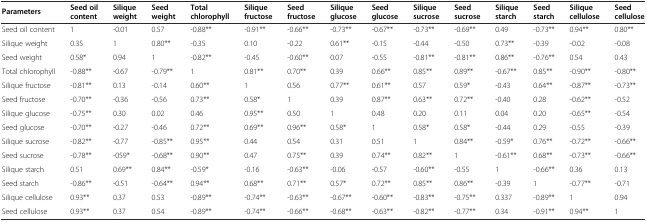
<table><thead><tr><td><b>Parameters</b></td><td><b>Seed oil content</b></td><td><b>Silique weight</b></td><td><b>Seed weight</b></td><td><b>Total chlorophyll</b></td><td><b>Silique fructose</b></td><td><b>Seed fructose</b></td><td><b>Silique glucose</b></td><td><b>Seed glucose</b></td><td><b>Silique sucrose</b></td><td><b>Seed sucrose</b></td><td><b>Silique starch</b></td><td><b>Seed starch</b></td><td><b>Silique cellulose</b></td><td><b>Seed cellulose</b></td></tr></thead><tbody><tr><td>Seed oil content</td><td>1</td><td>-0.01</td><td>0.57</td><td>-0.88**</td><td>-0.91**</td><td>-0.66**</td><td>-0.73**</td><td>-0.67**</td><td>-0.73**</td><td>-0.69**</td><td>0.49</td><td>-0.73**</td><td>0.94**</td><td>0.80**</td></tr><tr><td>Silique weight</td><td>0.35</td><td>1</td><td>0.80**</td><td>-0.35</td><td>0.10</td><td>-0.22</td><td>0.61**</td><td>-0.15</td><td>-0.44</td><td>-0.50</td><td>0.73**</td><td>-0.39</td><td>-0.02</td><td>-0.08</td></tr><tr><td>Seed weight</td><td>0.58*</td><td>0.94</td><td>1</td><td>-0.82**</td><td>-0.45</td><td>-0.60**</td><td>0.07</td><td>-0.55</td><td>-0.81**</td><td>-0.81**</td><td>0.86**</td><td>-0.76**</td><td>0.54</td><td>0.43</td></tr><tr><td>Total chlorophyll</td><td>-0.88**</td><td>-0.67</td><td>-0.79**</td><td>1</td><td>0.81**</td><td>0.70**</td><td>0.39</td><td>0.66**</td><td>0.85**</td><td>0.89**</td><td>-0.67**</td><td>0.85**</td><td>-0.90**</td><td>-0.80**</td></tr><tr><td>Silique fructose</td><td>-0.81**</td><td>0.13</td><td>-0.14</td><td>0.60**</td><td>1</td><td>0.56</td><td>0.77**</td><td>0.61**</td><td>0.57</td><td>0.59*</td><td>-0.43</td><td>0.64**</td><td>-0.87**</td><td>-0.73**</td></tr><tr><td>Seed fructose</td><td>-0.70**</td><td>-0.36</td><td>-0.56</td><td>0.73**</td><td>0.58*</td><td>1</td><td>0.39</td><td>0.87**</td><td>0.63**</td><td>0.72**</td><td>-0.40</td><td>0.28</td><td>-0.62**</td><td>-0.52</td></tr><tr><td>Silique glucose</td><td>-0.75**</td><td>0.30</td><td>0.02</td><td>0.46</td><td>0.95**</td><td>0.50</td><td>1</td><td>0.48</td><td>0.20</td><td>0.11</td><td>0.04</td><td>0.20</td><td>-0.65**</td><td>-0.54</td></tr><tr><td>Seed glucose</td><td>-0.70**</td><td>-0.27</td><td>-0.46</td><td>0.72**</td><td>0.69**</td><td>0.96**</td><td>0.58*</td><td>1</td><td>0.58*</td><td>0.58*</td><td>-0.44</td><td>0.29</td><td>-0.55</td><td>-0.39</td></tr><tr><td>Silique sucrose</td><td>-0.82**</td><td>-0.77</td><td>-0.85**</td><td>0.95**</td><td>0.44</td><td>0.54</td><td>0.31</td><td>0.51</td><td>1</td><td>0.84**</td><td>-0.59*</td><td>0.76**</td><td>-0.72**</td><td>-0.66**</td></tr><tr><td>Seed sucrose</td><td>-0.78**</td><td>-059*</td><td>-0.68**</td><td>0.90**</td><td>0.47</td><td>0.75**</td><td>0.39</td><td>0.74**</td><td>0.82**</td><td>1</td><td>-0.61**</td><td>0.68**</td><td>-0.73**</td><td>-0.66**</td></tr><tr><td>Silique starch</td><td>0.51</td><td>0.69**</td><td>0.84**</td><td>-0.59*</td><td>-0.16</td><td>-0.63**</td><td>-0.06</td><td>-0.57</td><td>-0.60**</td><td>-0.55</td><td>1</td><td>-0.66**</td><td>0.36</td><td>0.13</td></tr><tr><td>Seed starch</td><td>-0.86**</td><td>-0.51</td><td>-0.64**</td><td>0.94**</td><td>0.68**</td><td>0.71**</td><td>0.57*</td><td>0.72**</td><td>0.85**</td><td>0.86**</td><td>-0.39</td><td>1</td><td>-0.77**</td><td>-0.71</td></tr><tr><td>Silique cellulose</td><td>0.93**</td><td>0.37</td><td>0.53</td><td>-0.89**</td><td>-0.74**</td><td>-0.63**</td><td>-0.67**</td><td>-0.60**</td><td>-0.83**</td><td>-0.75**</td><td>0.337</td><td>-0.89**</td><td>1</td><td>0.94</td></tr><tr><td>Seed cellulose</td><td>0.93**</td><td>0.37</td><td>0.54</td><td>-0.89**</td><td>-0.74**</td><td>-0.66**</td><td>-0.68**</td><td>-0.63**</td><td>-0.82**</td><td>-0.77**</td><td>0.34</td><td>-0.91**</td><td>0.94**</td><td>1</td></tr></tbody></table>